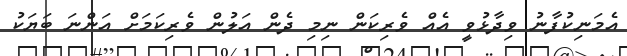
އެމަނިކުފާނު ވިދާޅުވީ އެއް ވެރިކަން ނިމި ދެން އަލުން ވެރިކަމަށް އަންނަ ބަޔަކު